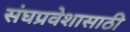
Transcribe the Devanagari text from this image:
संघप्रवेशासाठी